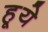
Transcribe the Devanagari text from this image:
हूये